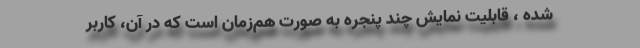
شده ، قابلیت نمایش چند پنجره به صورت هم‌زمان است که در آن، کاربر